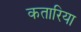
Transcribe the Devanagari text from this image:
कतारिया